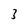
Character: 3